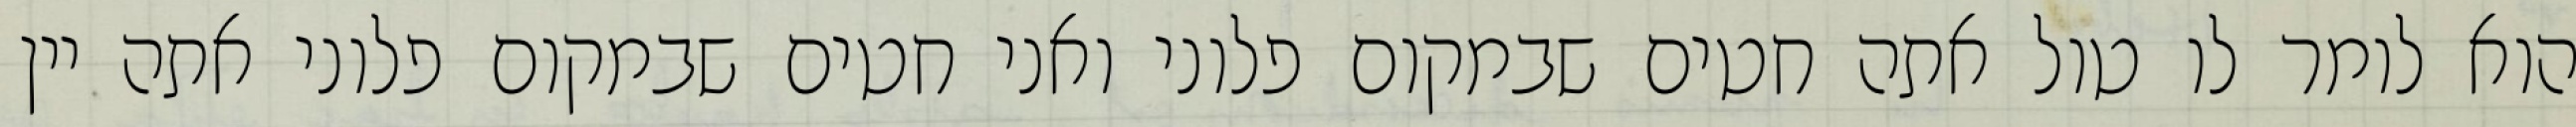
הוא לומר לו טול אתה חטים שבמקום פלוני ואני חטים שבמקום פלוני אתה יין